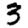
Digit: 3